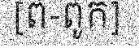
[ព-ពូក]